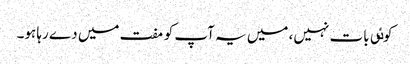
کوٸی بات نہیں، میں یہ آپ کو مفت میں دے رہا ہو۔